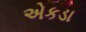
એકડા